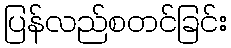
ပြန်လည်စတင်ခြင်း